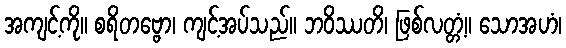
အကျင့်ကို။ စရိတဗ္ဗော၊ ကျင့်အပ်သည်။ ဘဝိဿတိ၊ ဖြစ်လတ္တံ့။ သောအဟံ၊